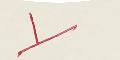
1